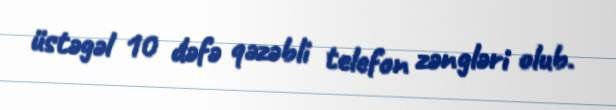
üstəgəl 10 dəfə qəzəbli telefon zəngləri olub.